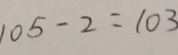
1 0 5 - 2 = 1 0 3